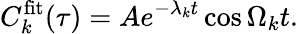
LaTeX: C_{k}^{\mathrm{fit}}(\tau)=Ae^{-\lambda_{k}t}\cos{\Omega_{k}t}.